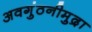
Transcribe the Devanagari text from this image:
अवगुंठनीमुद्रा